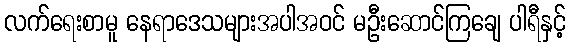
လက်ရေးစာမူ နေရာဒေသများအပါအဝင် မဦးဆောင်ကြချေ ပါရီနှင့်